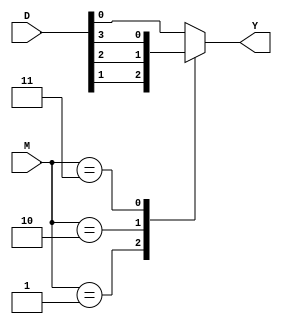
`timescale 1ns / 1ps
//////////////////////////////////////////////////////////////////////////////////
// 
// Version:        1.0 
// Description:    This is the multiplexer file which handles which inputs to
//                 output depending on the select called M.
//
//
//////////////////////////////////////////////////////////////////////////////////

module mux4to1(input [1:0] M, input [3:0] D, output reg Y);
	 
	 
	 always @(*)
	 case(M) // case statement to handle output decision
	 2'b01: Y <= D[1];
	 2'b10: Y <= D[2];
	 2'b11: Y <= D[3];
	 default: Y <= D[0];
	 endcase

endmodule